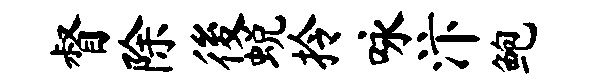
督除後蜕拎咏汴鲍